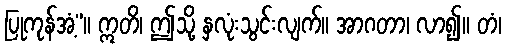
ပြုကုန်အံ့”။ ဣတိ၊ ဤသို့ နှလုံးသွင်းလျက်။ အာဂတာ၊ လာ၍။ တံ၊